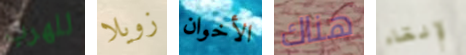
للهرب زويلا الأخوان هناك لإلقاء